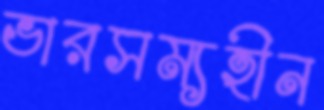
ভারসম্যহীন